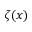
\zeta ( x )